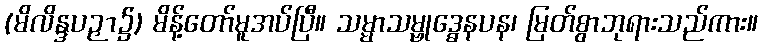
(မိလိန္ဒပဉှာ၌) မိန့်တော်မူအပ်ပြီ။ သမ္မာသမ္ဗုဒ္ဓေနပန၊ မြတ်စွာဘုရားသည်ကား။